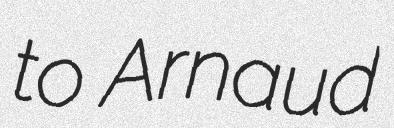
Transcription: to Arnaud